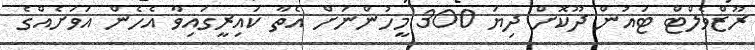
ރޫޒްވެލްޓް ޓައުން ދޫކޮށް ދިޔަ 300 މީހުންނަށް އެތާ ކައިރީގައިވާ އެހެން އަވަށެއްގެ